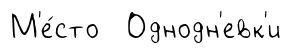
М'е́сто Однодн'евк'и